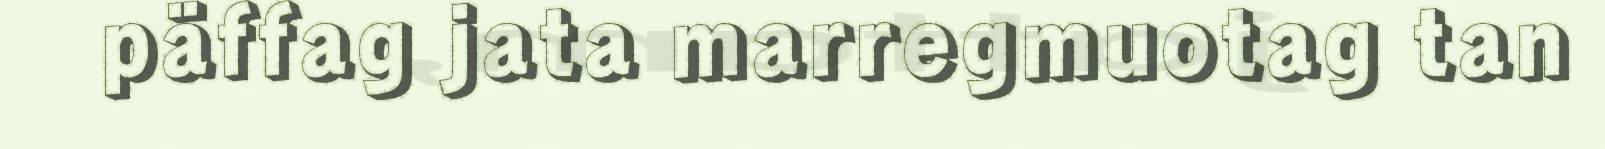
päffag jata marregmuotag tan